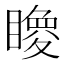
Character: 𥋂